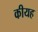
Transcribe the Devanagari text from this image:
कीयह